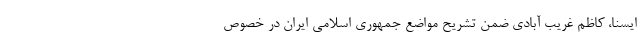
ایسنا، کاظم غریب آبادی ضمن تشریح مواضع جمهوری اسلامی ایران در خصوص